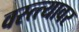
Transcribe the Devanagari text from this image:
वस्त्त्यावर